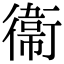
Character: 衞